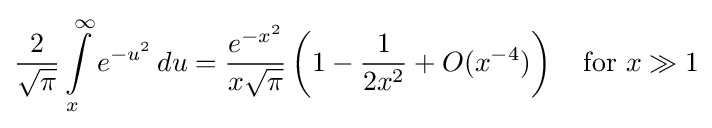
{\frac {2}{\sqrt {\pi }}}\int \limits \limits _{x}^{\infty }e^{-u^{2}}\,du={\frac {e^{-x^{2}}}{x{\sqrt {\pi }}}}\left(1-{\frac {1}{2x^{2}}}+O(x^{-4})\right)\quad {\mbox{for}}\ x\gg 1